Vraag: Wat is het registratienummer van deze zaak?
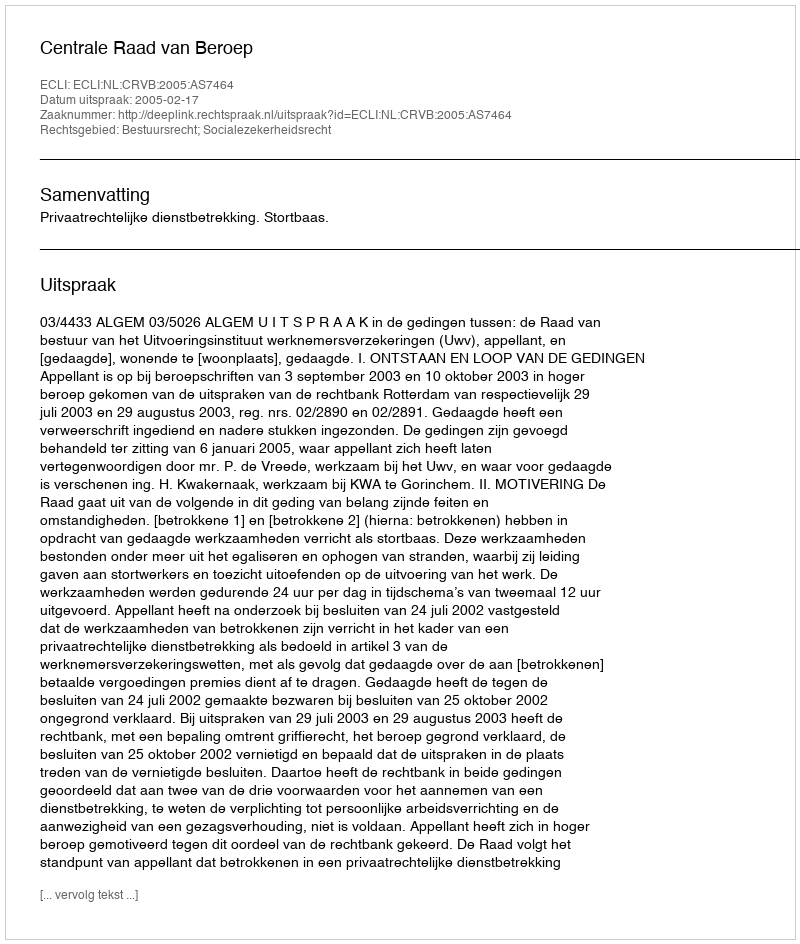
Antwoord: http://deeplink.rechtspraak.nl/uitspraak?id=ECLI:NL:CRVB:2005:AS7464